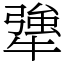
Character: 犟